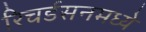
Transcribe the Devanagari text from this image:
रिचर्डसनमध्ये